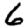
Digit: 6